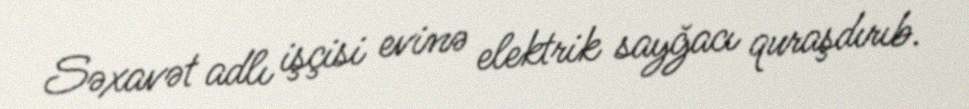
Səxavət adlı işçisi evinə elektrik sayğacı quraşdırıb.